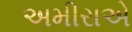
અમીરાએ